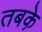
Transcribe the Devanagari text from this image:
तबके़